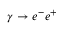
\gamma \to e ^ { - } e ^ { + }